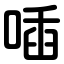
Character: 喢